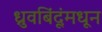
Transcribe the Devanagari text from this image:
ध्रुवबिंदूंमधून